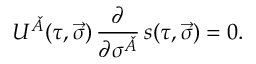
U ^ { \check { A } } ( \tau , \vec { \sigma } ) \, \frac { \partial } { \partial \sigma ^ { \check { A } } } \, s ( \tau , \vec { \sigma } ) = 0 .